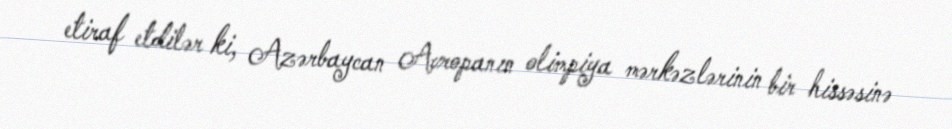
etiraf etdilər ki, Azərbaycan Avropanın olimpiya mərkəzlərinin bir hissəsinə